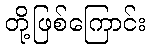
တို့ဖြစ်ကြောင်း